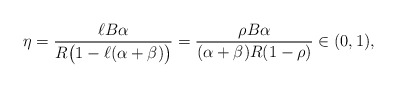
\begin{align*}\eta=\frac{\ell B \alpha}{R\big(1-\ell (\alpha+\beta)\big)}=\frac{\rho B\alpha}{(\alpha+\beta)R(1-\rho)}\in (0,1),\end{align*}